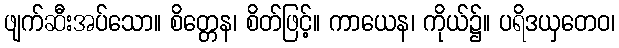
ဖျက်ဆီးအပ်သော။ စိတ္တေန၊ စိတ်ဖြင့်။ ကာယေန၊ ကိုယ်၌။ ပရိဒယှတေဝ၊